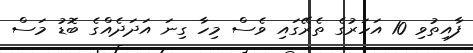
ފާއިތުވި 10 އަހަރުގެ ތެރޭގައި ވެސް މިހާ ގިނަ އަދަދެއްގެ ބޮޑު މަސް